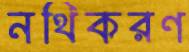
নথিকরণ